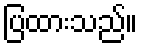
ပြထားသည်။